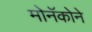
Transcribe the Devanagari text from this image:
मोनॅकोने